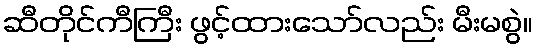
ဆီတိုင်ကီကြီး ဖွင့်ထားသော်လည်း မီးမစွဲ။